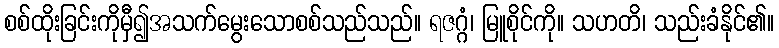
စစ်ထိုးခြင်းကိုမှီ၍အသက်မွေးသောစစ်သည်သည်။ ရဇဂ္ဂံ၊ မြူစိုင်ကို။ သဟတိ၊ သည်းခံနိုင်၏။